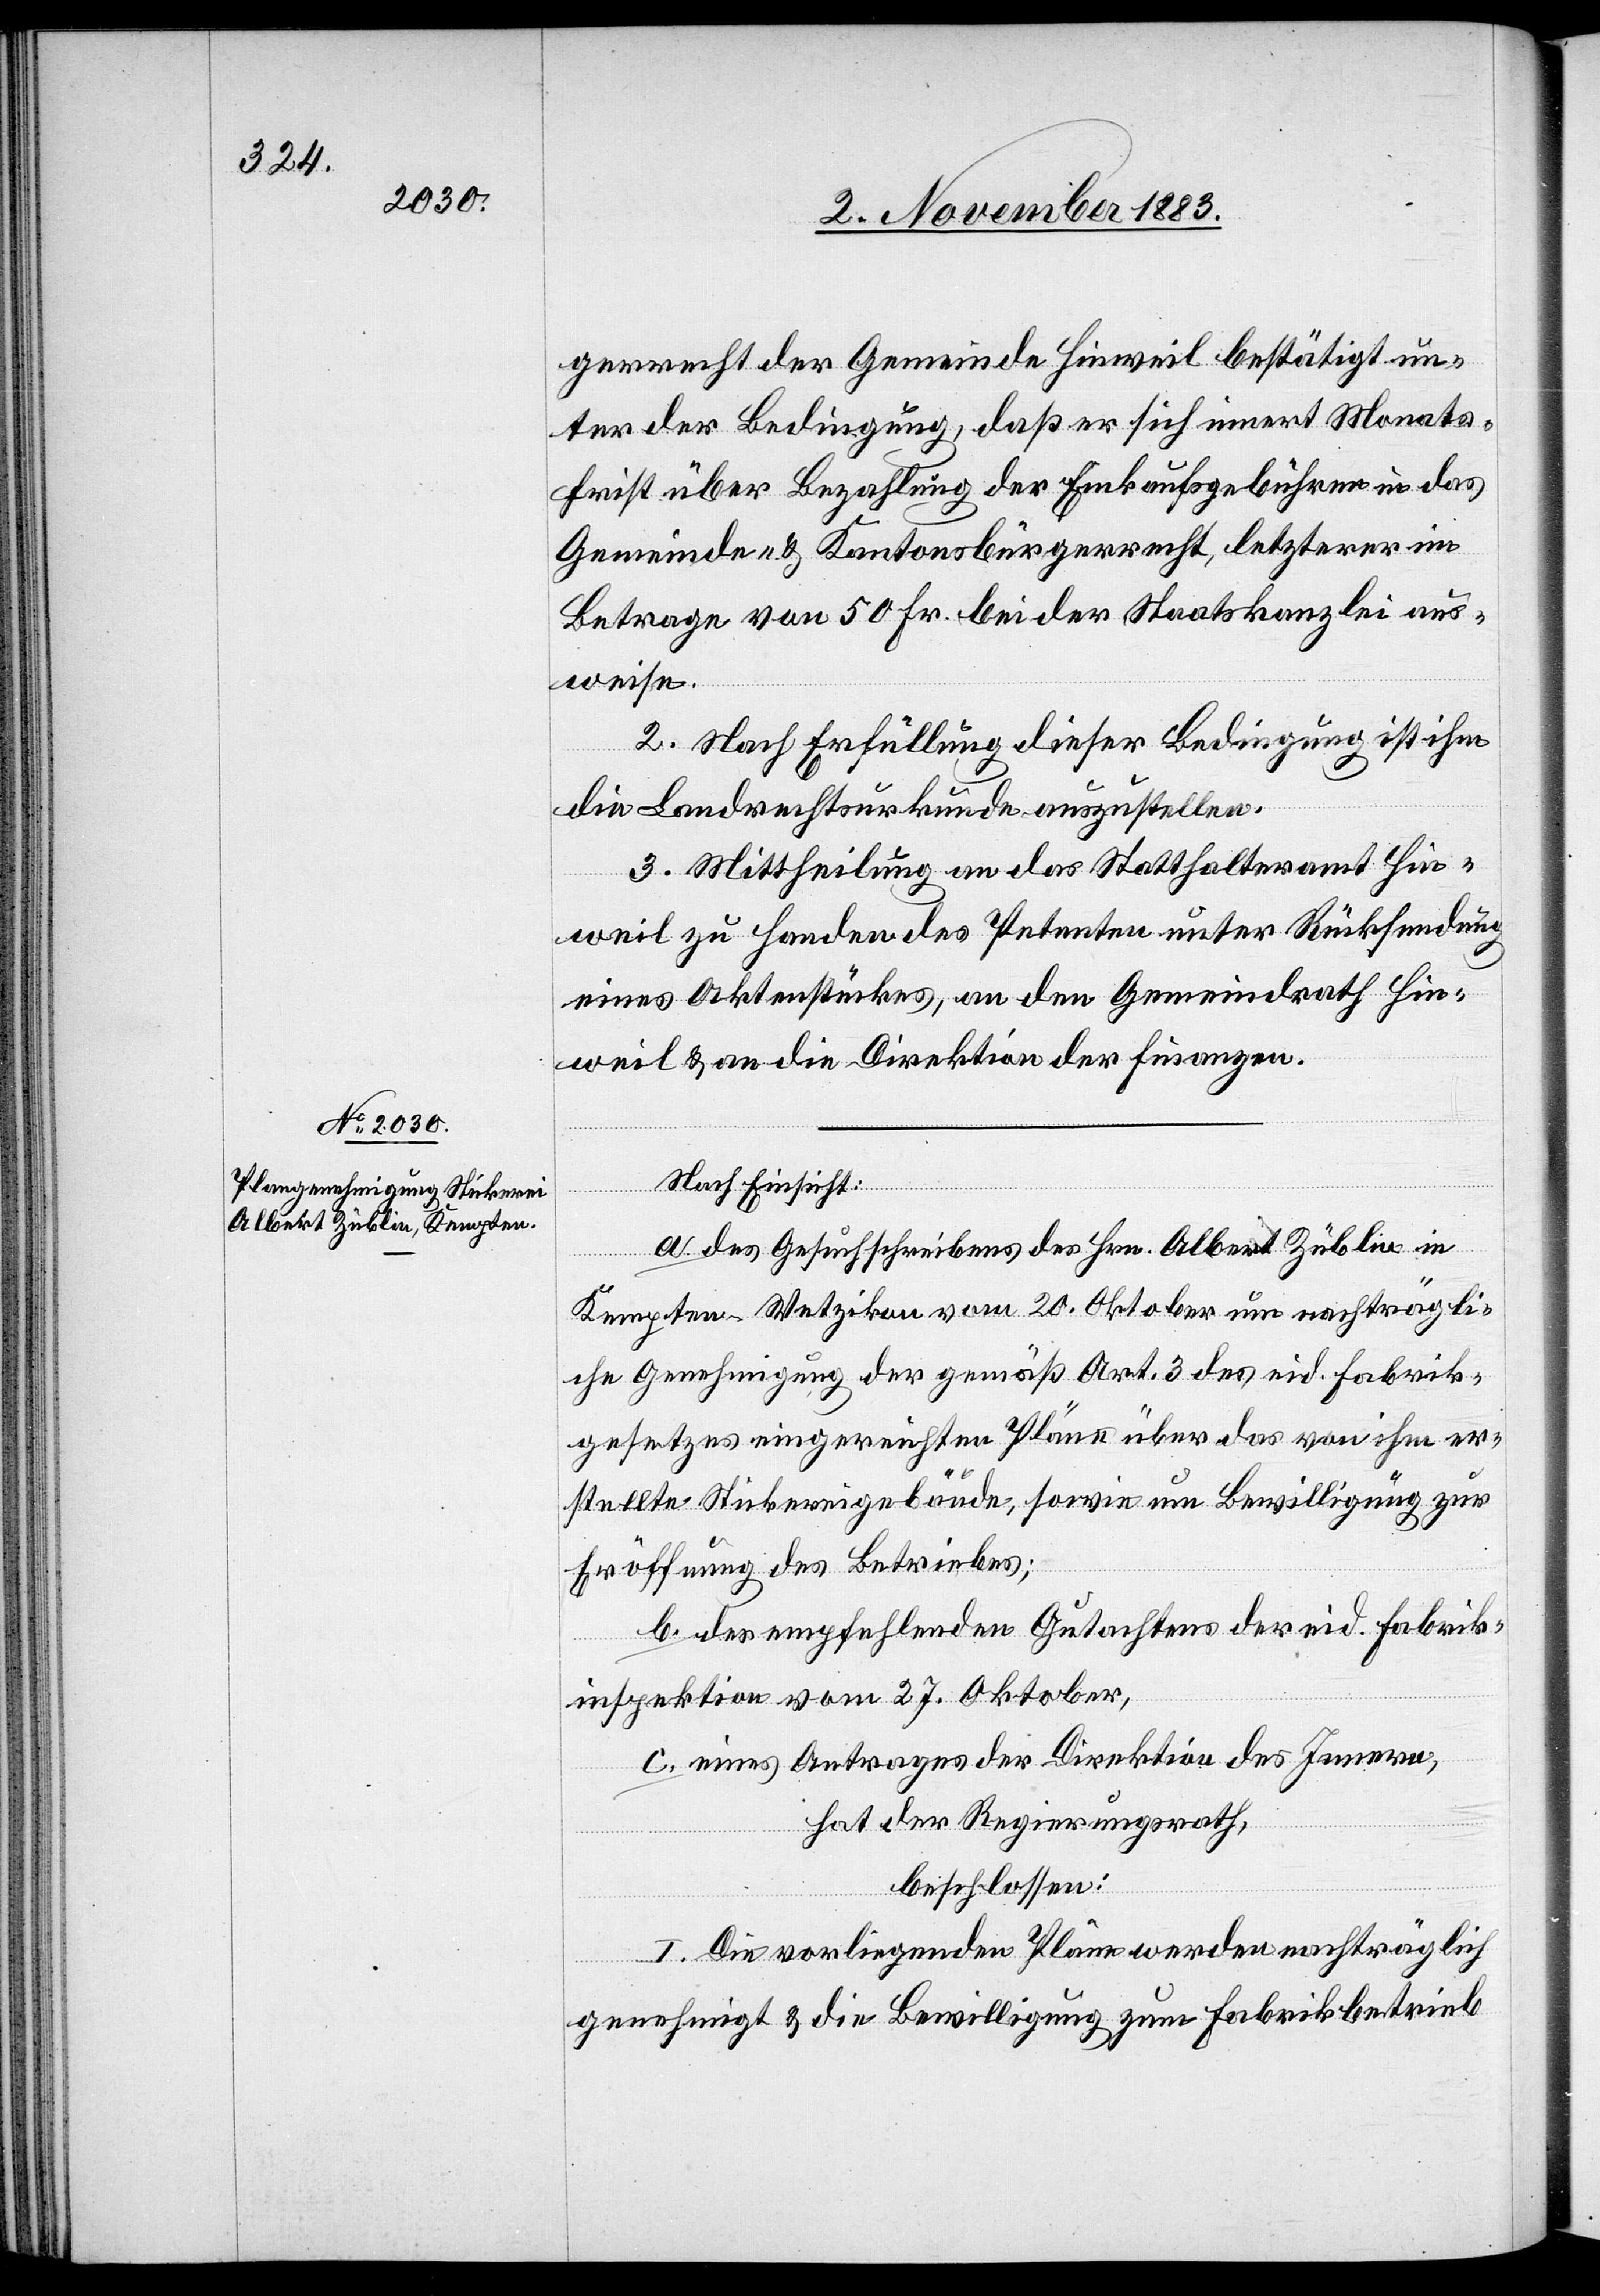
gerrecht der Gemeinde Hinweil bestätigt un¬
ter der Bedingung, daß er sich innert Monats¬
first über Bezahlung der Einkaufsgebühren in das
Gemeinde- & Kantonsbürgerrecht, letzterer im
Betrage von 50 Fr. bei der Staatskanzlei aus¬
weise.
2. Nach Erfüllung dieser Bedingung ist ihm
die Landrechtsurkunde auszustellen.
3. Mittheilung an das Statthalteramt Hin¬
weil zu Handen des Petenten unter Rücksendung
eines Aktenstückes, an den Gemeindrath Hin¬
weil & an die Direktion der Finanzen.
Nach Einsicht:
a. des Gesuchschreibens des Hrn. Albert Züblin in
Kempten - Wetzikon vom 20. Oktober um nachträgli¬
che Genehmigung der gemäß Art. 3 des eid. Fabrik¬
gesetzes eingereichten Pläne über das von ihm er¬
stellte Stickereigebäude, wobei um Bewilligung zur
Eröffnung des Betriebes;
b. des empfehlenden Gutachtens der eid. Fabrik¬
inspektion vom 27. Oktober,
c. eines Antrages der Direktion des Innern,
hat der Regierungsrath,
beschossen:
I. Die vorliegenden Pläne werden nachträglich
genehmigt & die Bewilligung zum Fabrikbetrieb